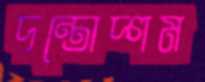
দন্তোদ্গম